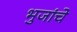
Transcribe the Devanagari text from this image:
भुजांचे